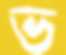
ভ